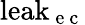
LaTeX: \mathrm{leak}_{\mathrm{~e~c~}}